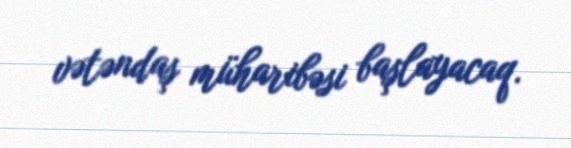
vətəndaş müharibəsi başlayacaq.